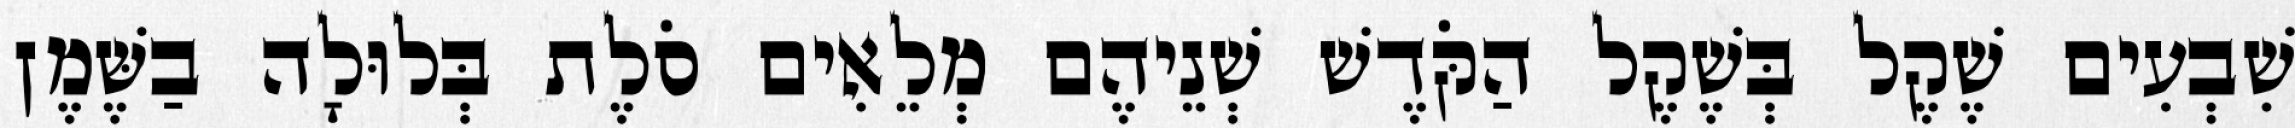
שִׁבְעִים שֶׁקֶל בְּשֶׁקֶל הַקֹּדֶשׁ שְׁנֵיהֶם מְלֵאִים סֹלֶת בְּלוּלָה בַשֶּׁמֶן